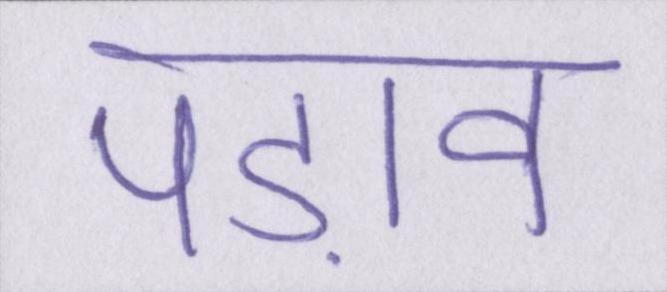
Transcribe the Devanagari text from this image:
पड़ाव